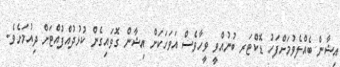
އިޝާން ބެއްލެވުމަށްފަހު ޑޮކްޓަރ ބުނުއްވީ ވީހާވެސް އަވަހަކަށް އިޝާން ގޮވައިގެން ކުޅުދުއްފުއްޓަށް ދިއުމަށެވެ.